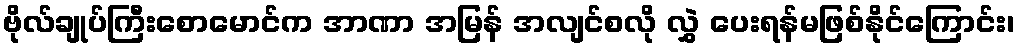
ဗိုလ်ချုပ်ကြီးစောမောင်က အာဏာ အမြန် အလျင်စလို လွှဲ ပေးရန်မဖြစ်နိုင်ကြောင်း၊